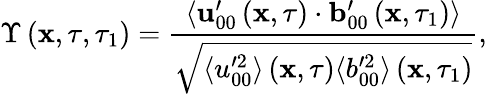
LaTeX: \Upsilon\left(\mathbf{x},\tau,\tau_{1}\right)=\frac{\langle\mathbf{u}_{00}^{\prime}\left(\mathbf{x},\tau\right)\cdot\mathbf{b}_{00}^{\prime}\left(\mathbf{x},\tau_{1}\right)\rangle}{\sqrt{\langle u_{00}^{\prime 2}\rangle\left(\mathbf{x},\tau\right)\langle b_{00}^{\prime 2}\rangle\left(\mathbf{x},\tau_{1}\right)}},